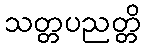
သတ္တပညတ္တိ